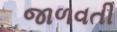
જાળવતી